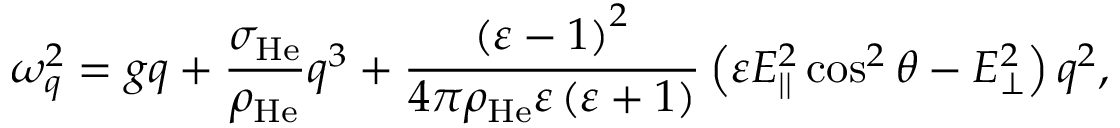
\omega _ { q } ^ { 2 } = g q + \frac { \sigma _ { \mathrm { H e } } } { \rho _ { \mathrm { H e } } } q ^ { 3 } + \frac { \left( \varepsilon - 1 \right) ^ { 2 } } { 4 \pi \rho _ { \mathrm { H e } } \varepsilon \left( \varepsilon + 1 \right) } \left( \varepsilon E _ { | | } ^ { 2 } \cos ^ { 2 } \theta - E _ { \perp } ^ { 2 } \right) q ^ { 2 } ,